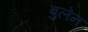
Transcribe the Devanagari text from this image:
बुलेन